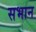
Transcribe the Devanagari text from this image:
सभान